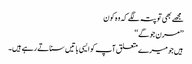
مجھے بھی تو پتہ لگے کہ وہ کون
’’مرن جوگے‘‘
ہیں جو میرے متعلق آپ کو ایسی باتیں سناتے رہے ہیں۔